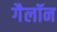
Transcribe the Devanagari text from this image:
गैलॉन